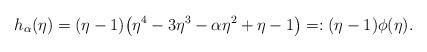
LaTeX: \begin{align*}h_{\alpha}(\eta)=(\eta-1)\big( \eta^{4}-3\eta^3-\alpha \eta^2 + \eta -1\big)=:(\eta-1)\phi(\eta).\end{align*}